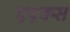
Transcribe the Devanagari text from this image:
एएक्स